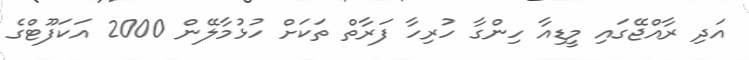
އަދި ރާއްޖޭގައި މީޑިއާ ހިންގާ ހުރިހާ ފަރާތް ތަކަށް ހުޅުމާލޭން 2000 އަކަފޫޓްގެ